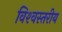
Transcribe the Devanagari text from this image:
विश्‍वस्तरीय